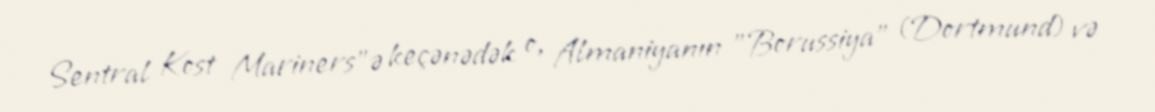
Sentral Kost Mariners"ə keçənədək o, Almaniyanın "Borussiya" (Dortmund) və